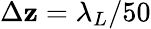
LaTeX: \Delta\mathbf{z}=\lambda_{L}/50